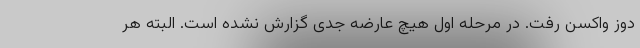
دوز واکسن رفت. در مرحله اول هیچ عارضه جدی گزارش نشده است. البته هر